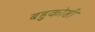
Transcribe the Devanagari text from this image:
बहुकोष्ठी